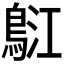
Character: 𪀤